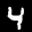
Label: 4